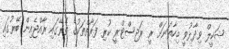
ޝަކީލް ވިދާޅުވީ މިހާތަނަށް ރީ ރަޖިސްޓްރީ ކުރި ފަރާތްތަކުގެ ތެރޭގައި ރާއްޖެއިން ބޭރުގައި